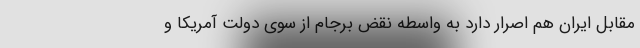
مقابل ایران هم اصرار دارد به واسطه نقض برجام از سوی دولت آمریکا و